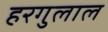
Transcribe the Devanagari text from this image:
हरगुलाल